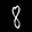
Label: 8